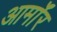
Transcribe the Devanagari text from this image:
आर्माॅर